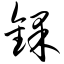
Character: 锞